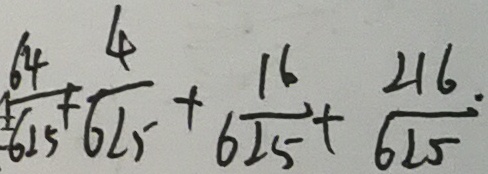
\frac { 6 4 } { 6 1 5 } + \frac { 4 } { 6 2 5 } + \frac { 1 6 } { 6 2 5 } + \frac { 2 1 6 . } { 6 2 5 }